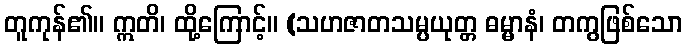
တူကုန်၏။ ဣတိ၊ ထို့ကြောင့်။ (သဟဇာတသမ္ပယုတ္တ ဓမ္မာနံ၊ တကွဖြစ်သော